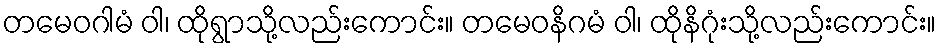
တမေဝဂါမံ ဝါ၊ ထိုရွာသို့လည်းကောင်း။ တမေဝနိဂမံ ဝါ၊ ထိုနိဂုံးသို့လည်းကောင်း။